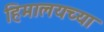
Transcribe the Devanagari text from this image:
हिमालयच्या